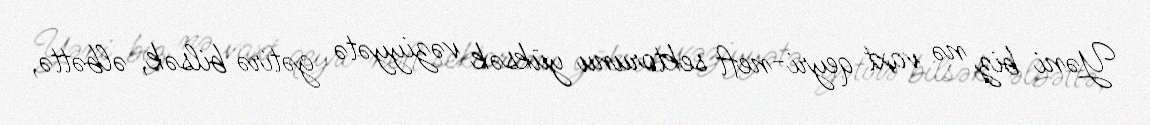
Yəni biz nə vaxt qeyri-neft sektorunu yüksək vəziyyətə gətirə bilsək, əlbəttə,